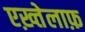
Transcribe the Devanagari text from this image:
एख़्तेलाफ़